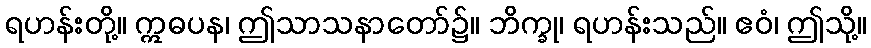
ရဟန်းတို့။ ဣဓပန၊ ဤသာသနာတော်၌။ ဘိက္ခု၊ ရဟန်းသည်။ ဧဝံ၊ ဤသို့။